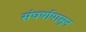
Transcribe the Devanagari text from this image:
संघर्षापासून